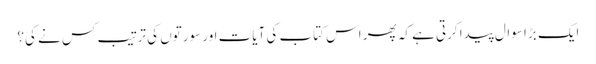
ایک بڑا سوال پیدا کرتی ہے کہ پھر اس کتاب کی آیات اور سورتوں کی ترتیب کس نے کی؟